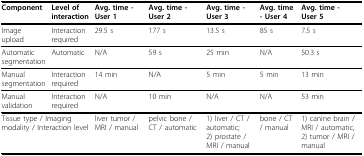
| Component | Level of interaction | Avg. time - User 1 | Avg. time - User 2 | Avg. time - User 3 | Avg. time - User 4 | Avg. time - User 5 |
 | --- | --- | --- | --- | --- | --- | --- |
 | Image upload | Interactionrequired | 29.5 s | 177 s | 13.5 s | 85 s | 7.5 s |
 | Automatic segmentation | Automatic | N/A | 59 s | 25 min | N/A | 50.3 s |
 | Manual segmentation | Interactionrequired | 14 min | N/A | 5 min | 5 min | 13 min |
 | Manual validation | Interactionrequired | N/A | 10 min | N/A | N/A | 53 min |
 | <COLSPAN=2> Tissue type / Imaging modality / Interaction level | liver tumor / MRI / manual | pelvic bone / CT / automatic | 1) liver / CT / automatic;2) prostate / MRI / manual | bone / CT / manual | 1) canine brain / MRI / automatic;2) tumor / MRI / manual |